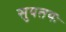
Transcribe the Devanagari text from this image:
सुयतयः